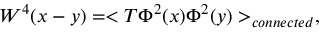
W ^ { 4 } ( x - y ) = < T \Phi ^ { 2 } ( x ) \Phi ^ { 2 } ( y ) > _ { c o n n e c t e d } ,